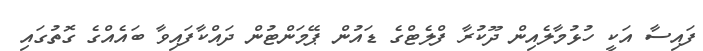
ފައިސާ އަކީ ހުޅުމާލެއިން ދޫކުރާ ފްލެޓްގެ ޑައުން ޕޭމަންޓުން ދައްކާފައިވާ ބައެއްގެ ގޮތުގައި